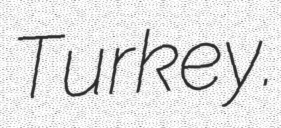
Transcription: Turkey.